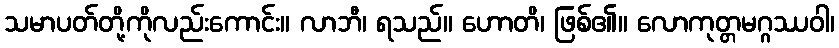
သမာပတ်တို့ကိုလည်းကောင်း။ လာဘီ၊ ရသည်။ ဟောတိ၊ ဖြစ်၏။ လောကုတ္တမဂ္ဂဿဝါ၊